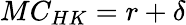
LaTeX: MC_{HK}=r+\delta